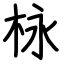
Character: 栐